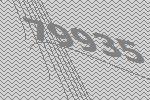
79935